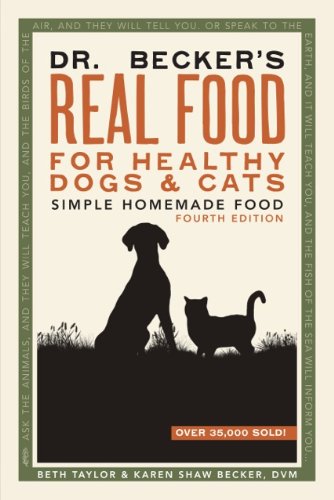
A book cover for Dr. Becker's Real Food for Healthy Dogs and Cats; Beth Taylor; Health, Fitness & Dieting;